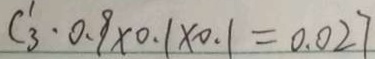
C ^ { 1 } _ { 3 } \cdot 0 . 9 \times 0 . 1 \times 0 . 1 = 0 . 0 2 7